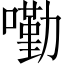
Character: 𡀣